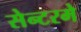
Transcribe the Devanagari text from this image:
सेन्टरमे